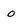
Character: o